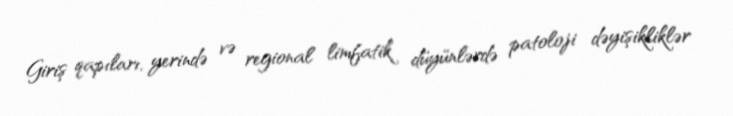
Giriş qapıları, yerində və regional limfatik düyünlərdə patoloji dəyişikliklər